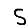
Digit: 5